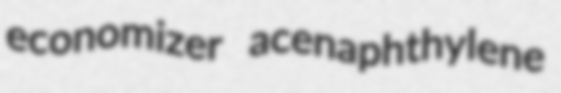
economizer acenaphthylene